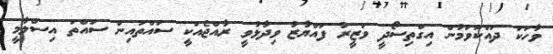
ވާހަކަ ދައްކަވަމުން އިގްތިސޯދީ ވަޒީރު ފައްޔާޒު ވިދާޅުވީ ރާއްޖެއަކީ ސައްތައިން ސައްތަ އިސްލާމީ